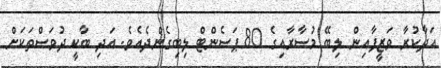
އަދާކުރާ ވަޒީފާއިން ލިބޭ މުސާރާއިގެ 80 ޕަސެންޓް ލިބިގެންދެއެވެ. އަދި ބާކީ ދުވަސްތަކަށް